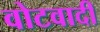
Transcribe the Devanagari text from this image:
वोटवादी